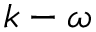
k - \omega